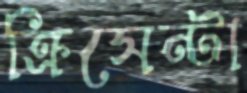
ক্রিসেন্টা